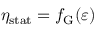
\eta _ { \mathrm { s t a t } } = f _ { \mathrm { G } } ( \varepsilon )